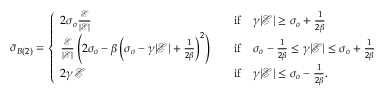
\begin{array} { r } { \bar { \boldsymbol { \sigma } } _ { B ( 2 ) } = \left\{ \begin{array} { l l } { 2 \sigma _ { o } \frac { \mathcal { E } } { | \mathcal { E } | } } & { \quad \mathrm { i f } \quad \gamma | \mathcal { E } | \ge \sigma _ { o } + \frac { 1 } { 2 \beta } } \\ { \frac { \mathcal { E } } { | \mathcal { E } | } \left( 2 \sigma _ { o } - \beta \left( \sigma _ { o } - \gamma | \mathcal { E } | + \frac { 1 } { 2 \beta } \right) ^ { 2 } \right) } & { \quad \mathrm { i f } \quad \sigma _ { o } - \frac { 1 } { 2 \beta } \le \gamma | \mathcal { E } | \le \sigma _ { o } + \frac { 1 } { 2 \beta } } \\ { 2 \gamma \, \mathcal { E } } & { \quad \mathrm { i f } \quad \gamma | \mathcal { E } | \le \sigma _ { o } - \frac { 1 } { 2 \beta } . } \end{array} \right. } \end{array}